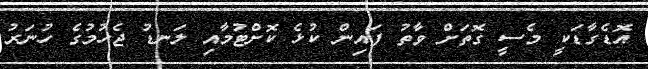
އޮޑެގާޑަކީ މެސީ ގޮތަށް ވާތު ފައިން ކުޅެ ކޮށްޓުމާއި ލަނޑު ޖެހުމުގެ ހުނަރު